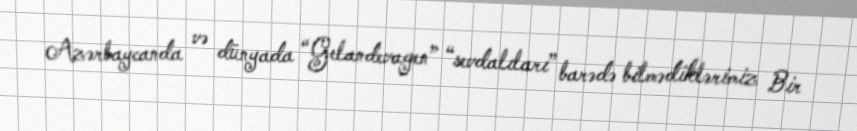
Azərbaycanda və dünyada “Gelandevagen” “sevdalıları” barədə bilmədiklərimiz Bir